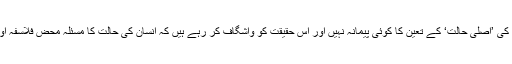
ان نصوص سے اس دعوے کی واضح تردید ہو رہی ہے کہ انسان کی ’اصلی حالت‘ کے تعین کا کوئی پیمانہ نہیں اور اس حقیقت کو واشگاف کر رہے ہیں کہ انسان کی حالت کا مسئلہ محض فلاسفہ اور مغربی مفکرین کا ڈھکوسلہ نہیں بلکہ خالص مذہبی تصور ہے۔